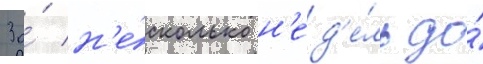
За́ н'е́сколько н'ед'е́ль до́